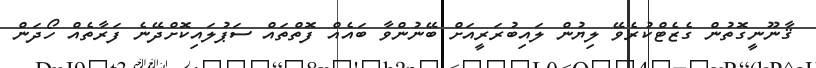
ޤާނޫނީގޮތުން ގެޒެޓްކުރެވޭ ލިޔުން ލައިބުރަރީއަށް ބޭނުންވާ ބައެއް ފޮތްތައް ސަޕުލައިކޮށްދޭނެ ފަރާތެއް ހޯދަން